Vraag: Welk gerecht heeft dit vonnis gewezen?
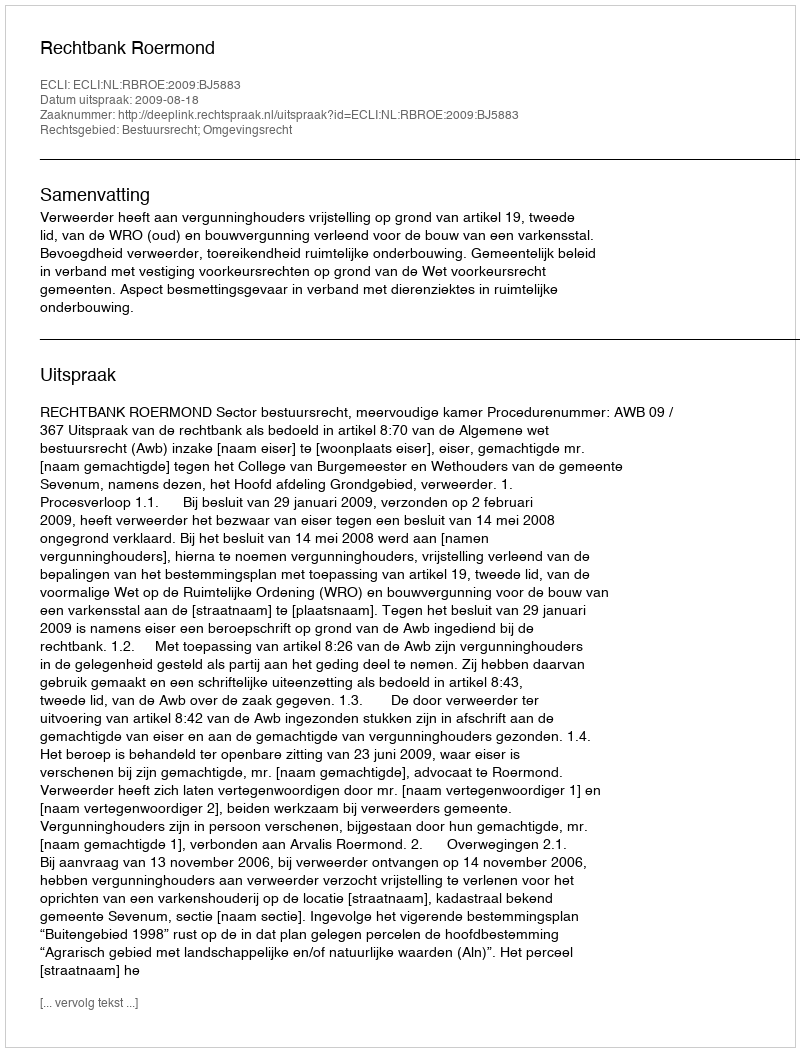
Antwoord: Rechtbank Roermond